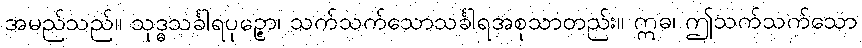
အမည်သည်။ သုဒ္ဓသင်္ခါရပုဉ္ဇော၊ သက်သက်သောသင်္ခါရအစုသာတည်း။ ဣဓ၊ ဤသက်သက်သော